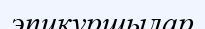
эпикуршылар